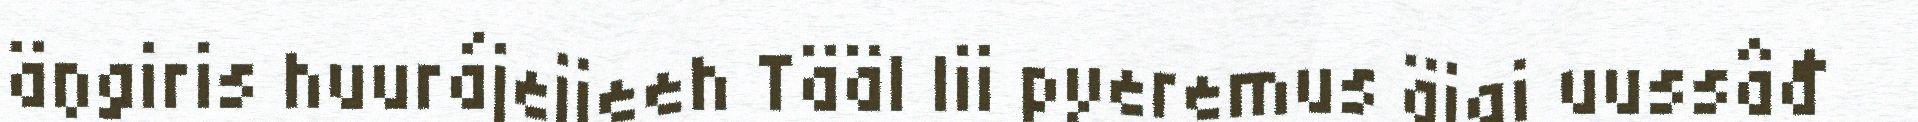
äŋgiris huurájeijeeh Tääl lii pyeremus äigi uussâđ